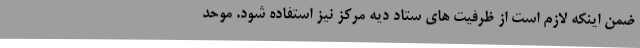
ضمن اینکه لازم است از ظرفیت های ستاد دیه مرکز نیز استفاده شود. موحد